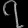
Digit: ၇